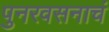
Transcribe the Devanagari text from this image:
पुनरवसनाचं